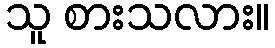
သူ စားသလား။